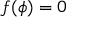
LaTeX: f ( \phi ) = 0